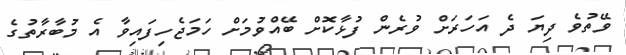
ވޭތުވެ ދިޔަ ދެ އަހަރަށް ވުރެން ފުޅާކޮށް ބޭއްވުމަށް ހަމަޖެހިފައިވާ އެ މުބާރާތުގެ